Report on sanitation, dispensaries, and jails in Rajputana for 1921, and on vaccination for the year 1921-1922 - 1921-1922
Year: 1921
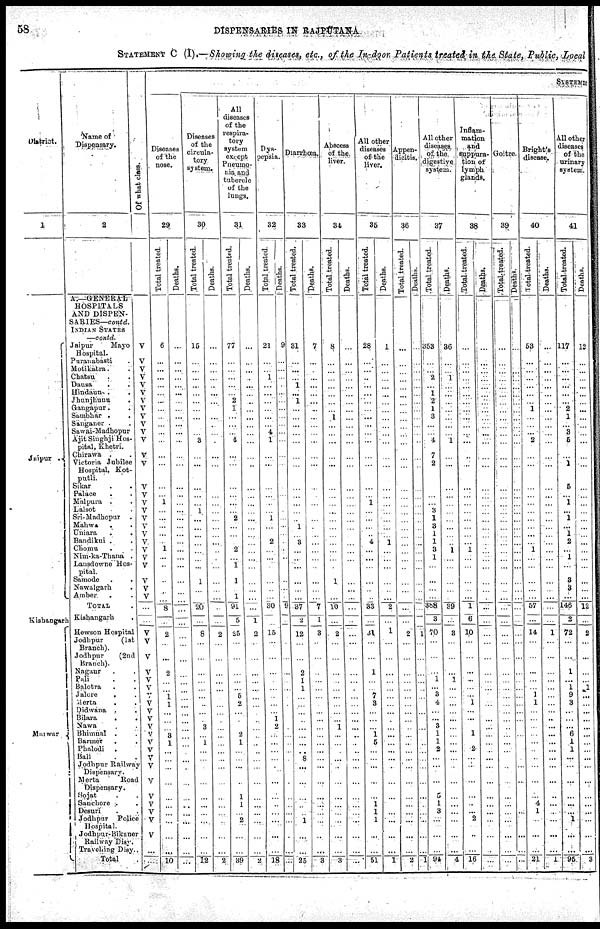
58
DISPENSARIES IN RAJPUTANA
STATEMENT C (I).—Showing the diseases, etc., of the In-door Patients treated in the State, Public, Local
District.
1
Jaipur .
Kishangarh
Marwar
Name of
Dispensary.
2
A.—GENERAL
HOSPITALS
AND DISPEN-
SARIES—contd.
INDIAN STATES
—contd.
Jaipur
Mayo
Hospital.
Puranabasti .
Motikatra. .
Chatsu . .
Dausa
. .
Hindaun . .
Jhunjhunu .
Gangapur. .
Sambhar .
.
Sanganer . .
Sawai- Madhopur
Ajit Singhji Hos-
pital, Khetri.
Chirawa . .
Victoria Jubilee
Hospital, Kot¬
putli.
Sikar . .
Palace . .
Malpura . .
Lalsot .
Sri-Madhopur
.
Mahwa . .
Uniara
.
.
Bandikui . .
Chomu . .
Nim-ka-Thana .
Lansdowne Hos-
pital.
Samode . .
Nawalgarh .
Amber
. .
TOTAL .
Kishangarh
.
Hewson Hospital
Jodhpur (1st
Branch).
Jodhpur
(2nd
Branch).
Nagaur . .
Pali . .
Balotra . .
Jalore
. .
Merta
. .
Didwana . .
Bilara
.
.
Nawa . .
Bhimnal . .
Barmer
. .
Phalodi
.
Bali . .
Jodhpur Railway
Dispensary.
Merta
Road
Dispensary.
Sojat . .
Sanchore . .
Desuri . .
Jodhpur
Police
Hospital.
Jodhpur- Bikaner
Railway Disy.
Travelling Disy..
Total .
Of what class.
V
V
V
V
V
V
V
V
V
V
V
V
V
V
V
V
V
V
V
V
V
V
V
V
V
V
V
V
...
...
V
V
V
V
V
V
V
V
V
V
V
V
V
V
V
V
V
V
V
V
V
V
...
...
SYSTEMIC
Diseases
of the
nose.
29
Total treated.
6
...
...
...
...
...
...
...
...
...
...
...
...
...
...
... 1
...
...
...
...
...
1
...
...
...
...
...
8
...
2
...
...
2
...
...
1
1
...
...
...
3
1
...
...
...
...
...
...
...
...
...
...
10
Deaths.
...
...
...
...
...
...
...
...
...
...
...
...
...
...
...
...
...
...
...
...
...
...
...
...
...
...
...
...
...
...
...
...
...
...
...
...
...
...
...
...
...
...
...
...
...
...
...
...
...
...
...
...
...
...
Diseases
of the
circula-
tory
system.
30
Total treated.
15
...
...
...
...
...
...
...
...
...
...
3
...
...
...
...
...
1
...
...
...
...
...
...
...
1
...
...
20
...
8
...
...
...
...
...
...
...
...
...
3
...
1
...
...
...
...
...
...
...
...
...
...
12
Deaths.
...
...
...
...
...
...
...
...
...
...
...
...
...
...
...
...
...
...
...
...
...
...
...
...
...
...
...
...
...
...
2
...
...
...
...
...
...
...
...
...
...
...
...
...
...
...
...
...
...
...
...
...
...
2
All
diseases
of the
respira-
tory
system
except
Pneumo-
nia and
tubercle
of the
lungs.
31
Total treated.
77
...
...
...
...
... 2
1
...
...
...
4
...
...
...
...
...
...
2
...
...
...
2
...
1
1
...
1
91
5
25
...
...
...
...
...
5
2
...
...
...
2
1
...
...
...
...
1
1
...
2
...
...
39
Deaths.
...
...
...
...
...
...
...
...
...
...
...
...
...
...
...
...
...
...
...
...
...
...
...
...
...
...
...
...
...
1
2
...
...
...
...
...
...
...
...
...
...
...
...
...
...
...
...
...
...
...
...
...
...
2
Dys-
pepsia.
32
Total treated.
21
...
...
1
...
...
...
...
...
... 4
1
...
...
...
...
...
...
1
...
...
2
...
...
...
...
...
...
30
...
15
...
...
...
...
...
...
...
...
1
2
...
...
...
...
...
...
...
...
...
...
...
...
18
Deaths.
9
...
...
...
...
...
...
...
...
...
...
...
...
...
...
...
...
...
...
...
...
...
...
...
...
...
...
...
9
...
...
...
...
...
...
...
...
...
...
...
...
...
...
...
...
...
...
...
...
...
...
...
...
Diarrhœa.
33
Total treated.
31
...
...
...
1
...
1
...
...
...
...
...
...
...
...
...
...
...
...
1
...
3
...
...
...
...
...
...
37
2
12
...
...
2
1
1
...
...
...
...
...
...
...
...
8
...
...
...
...
...
1
...
...
25
Deaths.
7
...
...
...
...
...
...
...
...
...
...
...
...
...
...
...
...
...
...
...
...
...
...
...
...
...
...
...
7
1
3
...
...
...
...
...
...
...
...
...
...
...
...
...
...
...
...
...
...
...
...
..
...
3
Abscess
of the
liver.
34
Total treated.
8
...
...
...
...
...
...
...
1
...
...
...
...
...
...
...
...
...
...
...
...
...
...
...
...
1
...
...
10
...
2
...
...
...
...
...
...
...
...
...
1
...
...
...
...
...
...
...
...
...
...
...
...
3
Deaths.
...
...
...
...
...
...
...
...
...
...
...
...
...
...
...
...
...
...
...
...
...
...
...
...
...
...
...
...
...
...
...
...
...
...
...
...
...
...
...
...
...
...
...
...
...
...
...
...
...
...
...
...
...
...
All other
diseases
of the
liver.
35
Total treated.
28
...
...
...
...
...
...
...
...
...
...
...
...
...
...
...
1
...
...
...
...
4
...
...
...
...
...
...
33
...
31
...
...
1
...
...
7
3
...
...
...
1
5
...
...
...
...
...
1 1
1
...
...
51
Deaths.
1
...
...
...
...
...
...
...
...
...
...
...
...
...
...
...
...
...
...
...
...
1
...
...
...
...
...
...
2
...
1
...
...
...
...
...
...
...
...
...
...
...
...
...
...
...
...
...
...
...
...
...
...
1
Appen-
dicitis.
36
Total treated.
...
...
...
...
...
...
...
...
...
...
...
...
...
...
...
...
...
...
...
...
...
...
...
...
...
...
...
...
...
...
2
...
...
...
...
...
...
...
...
...
...
...
...
...
...
...
...
...
...
...
...
...
...
2
Deaths.
...
...
...
...
...
...
...
...
...
...
...
...
...
...
...
...
...
...
...
...
...
...
...
...
...
...
...
...
...
...
1
...
...
...
...
...
...
...
...
...
...
...
...
...
...
...
...
...
...
...
...
...
...
1
All other
diseases
of the
digestive
system.
37
Total treated.
353
...
...
2
...
1
2
1
3
...
...
4
7
2
...
...
...
3
1
3
1
1
3
1
...
...
...
...
388
3
70
...
...
...
1
...
3
4
...
... 3
1
1
2
...
...
...
5
1
3
...
...
...
94
Deaths.
36
...
...
1
...
...
...
...
...
...
...
1
...
...
...
...
...
...
...
...
...
...
1
...
...
...
...
...
39
...
3
...
...
...
1
...
...
...
...
...
...
...
...
...
...
...
...
...
...
...
...
...
...
4
Inflam-
mation
and
suppura-
tion of
lymph
glands.
38
Total treated.
...
...
...
...
...
...
...
...
...
...
...
...
...
...
...
...
...
...
...
...
...
...
1
...
...
...
...
...
1
6
10
...
...
...
...
...
...
1
...
...
...
1
...
2
...
...
...
...
...
...
2
...
...
16
Deaths.
...
...
...
...
...
...
...
...
...
...
...
...
...
...
...
...
...
...
...
...
...
...
...
...
...
...
...
...
...
...
...
...
...
...
...
...
...
...
...
...
...
...
...
...
...
...
...
...
...
...
...
...
...
...
Goitre.
39
Total treated.
...
...
...
...
...
...
...
...
...
...
...
...
...
...
...
...
...
...
...
...
...
...
...
...
...
...
...
...
...
...
...
...
...
...
...
...
...
...
...
...
...
...
...
...
...
...
...
...
...
...
...
...
...
...
Deaths.
...
...
...
...
...
...
...
...
...
...
...
...
...
...
...
...
...
...
...
...
...
...
...
...
...
...
...
...
...
...
...
...
...
...
...
...
...
...
...
...
...
...
...
...
...
...
...
...
...
...
...
...
...
...
Bright's
disease.
40
Total-treated.
53
...
...
...
...
...
...
1
...
...
...
2
...
...
...
...
...
...
...
...
...
...
1
...
...
...
...
...
57
...
14
...
...
...
...
...
1
1
...
...
...
...
...
...
...
...
...
... 4
1
...
...
...
21
Deaths.
...
...
...
...
...
...
...
...
...
...
...
...
...
...
...
...
...
...
...
...
...
...
...
...
...
...
...
...
...
...
1
...
...
...
...
...
...
...
...
...
...
...
...
...
...
...
...
...
...
...
...
...
...
1
All other
diseases
of the
urinary
system.
41
Total-treated.
117
...
...
...
...
...
...
2
1
...
3
5
...
1
5
...
1
... 1
... 1
2
...
1
...
3
3
...
146
2
72
...
...
1
...
1
9
3
...
...
...
6
1
1
...
...
...
...
...
...
1
...
...
95
Deaths.
12
...
...
...
...
...
...
...
...
...
...
...
...
...
...
...
...
...
...
...
...
...
...
...
...
...
...
...
12
...
2
...
...
...
...
1
...
...
...
...
...
...
...
...
...
...
...
...
...
...
...
...
...
3